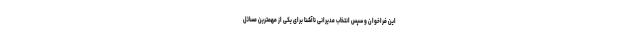
این فراخوان و سپس انتخاب مدیرانی ناآشنا برای یکی از مهمترین مسائل